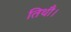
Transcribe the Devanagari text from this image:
तिथौ।